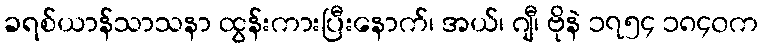
ခရစ်ယာန်သာသနာ ထွန်းကားပြီးနောက်၊ အယ်၊ ဂျီ၊ ဗိုနဲ ၁၇၅၄ ၁၈၄၀က